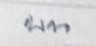
บน